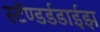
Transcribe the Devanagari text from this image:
स्टॅण्डर्डडाईझ